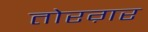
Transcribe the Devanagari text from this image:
तोरग़र